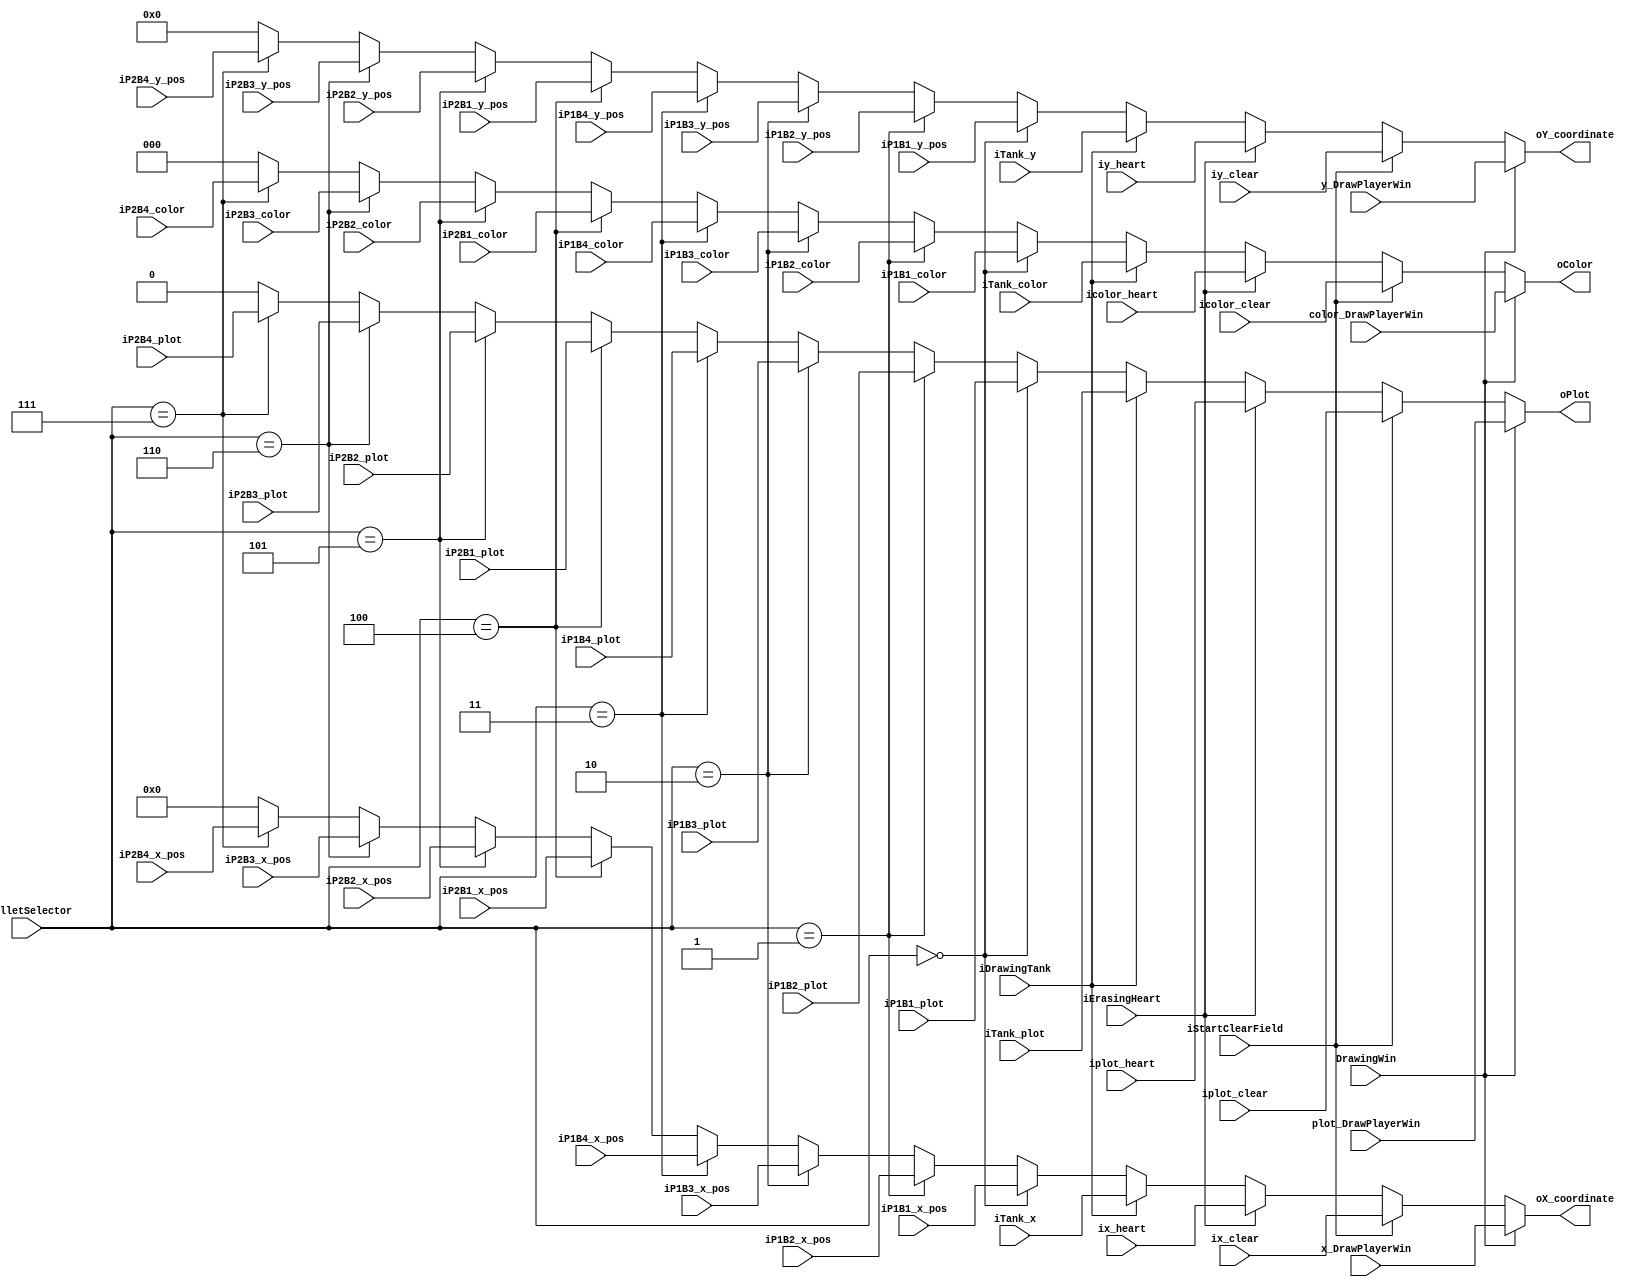
 module plotSelector(
									iP1B1_x_pos, iP1B1_y_pos, iP1B1_color, iP1B1_plot,
									iP1B2_x_pos, iP1B2_y_pos, iP1B2_color, iP1B2_plot,
									iP1B3_x_pos, iP1B3_y_pos, iP1B3_color, iP1B3_plot,
									iP1B4_x_pos, iP1B4_y_pos, iP1B4_color, iP1B4_plot,
									iP2B1_x_pos, iP2B1_y_pos, iP2B1_color, iP2B1_plot,
									iP2B2_x_pos, iP2B2_y_pos, iP2B2_color, iP2B2_plot,
									iP2B3_x_pos, iP2B3_y_pos, iP2B3_color, iP2B3_plot,
									iP2B4_x_pos, iP2B4_y_pos, iP2B4_color, iP2B4_plot,
									iTank_x, iTank_y, iTank_color, iTank_plot,
									iBulletSelector, iDrawingTank, 
									iErasingHeart, ix_heart, iy_heart, icolor_heart, iplot_heart,
									iStartClearField, ix_clear, iy_clear, icolor_clear, iplot_clear,
									DrawingWin, x_DrawPlayerWin, y_DrawPlayerWin, color_DrawPlayerWin, plot_DrawPlayerWin,
									oX_coordinate, oY_coordinate, oColor, oPlot
									);
				
// inputs
input [8:0]iP1B1_x_pos, iP1B2_x_pos, iP1B3_x_pos, iP1B4_x_pos, iP2B1_x_pos, iP2B2_x_pos, iP2B3_x_pos, iP2B4_x_pos, iTank_x, ix_heart, ix_clear, x_DrawPlayerWin;
input [7:0]iP1B1_y_pos, iP1B2_y_pos, iP1B3_y_pos, iP1B4_y_pos, iP2B1_y_pos, iP2B2_y_pos, iP2B3_y_pos, iP2B4_y_pos, iTank_y, iy_heart, iy_clear, y_DrawPlayerWin;
input [2:0]iP1B1_color, iP1B2_color, iP1B3_color, iP1B4_color, iP2B1_color, iP2B2_color, iP2B3_color, iP2B4_color, iTank_color, icolor_heart, icolor_clear, color_DrawPlayerWin;
input [2:0]iBulletSelector;
input iP1B1_plot, iP1B2_plot, iP1B3_plot, iP1B4_plot, iP2B1_plot, iP2B2_plot, iP2B3_plot, iP2B4_plot, iTank_plot, iDrawingTank, iErasingHeart, iplot_heart, iStartClearField, iplot_clear;
input DrawingWin, plot_DrawPlayerWin;

// outputs
output [8:0]oX_coordinate;
output [7:0]oY_coordinate;
output [2:0]oColor;
output oPlot;

// internal registers
reg [8:0]bullet_x;
reg [7:0]bullet_y;
reg [2:0]bullet_color;
reg bullet_plot;

wire [8:0]temp_x;
wire [7:0]temp_y;
wire [2:0]temp_color;
wire temp_plot;

wire [8:0]temp_x2;
wire [7:0]temp_y2;
wire [2:0]temp_color2;
wire temp_plot2;

wire [8:0]temp_x3;
wire [7:0]temp_y3;
wire [2:0]temp_color3;
wire temp_plot3;

assign oX_coordinate = DrawingWin ? x_DrawPlayerWin : temp_x3;							// mux to choose x position to vga
assign oY_coordinate = DrawingWin ? y_DrawPlayerWin : temp_y3;							// mux to choose y position to vga
assign oColor = DrawingWin ? color_DrawPlayerWin : temp_color3;   						// mux to choose color to vga
assign oPlot = DrawingWin ? plot_DrawPlayerWin : temp_plot3;								// mux to choose enable signal for vga

assign temp_x3 = iStartClearField ? ix_clear : temp_x2;							// mux to choose x position to vga
assign temp_y3 = iStartClearField ? iy_clear : temp_y2;							// mux to choose y position to vga
assign temp_color3 = iStartClearField ? icolor_clear : temp_color2;   						// mux to choose color to vga
assign temp_plot3 = iStartClearField ? iplot_clear : temp_plot2;								// mux to choose enable signal for vga

assign temp_x2 = iErasingHeart ? ix_heart : temp_x;							// mux to choose x position to vga
assign temp_y2 = iErasingHeart ? iy_heart : temp_y;							// mux to choose y position to vga
assign temp_color2 = iErasingHeart ? icolor_heart : temp_color;   						// mux to choose color to vga
assign temp_plot2 = iErasingHeart ? iplot_heart : temp_plot;								// mux to choose enable signal for vga

assign temp_x = iDrawingTank ? iTank_x : bullet_x;							// mux to choose x position to vga
assign temp_y = iDrawingTank ? iTank_y : bullet_y;							// mux to choose y position to vga
assign temp_color = iDrawingTank ? iTank_color : bullet_color;   						// mux to choose color to vga
assign temp_plot = iDrawingTank ? iTank_plot : bullet_plot;								// mux to choose enable signal for vga

always@(*)begin
	if(iBulletSelector == 3'b000) begin
		bullet_x = iP1B1_x_pos;
		bullet_y = iP1B1_y_pos;
		bullet_color = iP1B1_color;
		bullet_plot = iP1B1_plot;
	end
	else if(iBulletSelector == 3'b001) begin
		bullet_x = iP1B2_x_pos;
		bullet_y = iP1B2_y_pos;
		bullet_color = iP1B2_color;
		bullet_plot = iP1B2_plot;
	end
	else if(iBulletSelector == 3'b010) begin
		bullet_x = iP1B3_x_pos;
		bullet_y = iP1B3_y_pos;
		bullet_color = iP1B3_color;
		bullet_plot = iP1B3_plot;
	end
	else if(iBulletSelector == 3'b011) begin
		bullet_x = iP1B4_x_pos;
		bullet_y = iP1B4_y_pos;
		bullet_color = iP1B4_color;
		bullet_plot = iP1B4_plot;
	end
	else if(iBulletSelector == 3'b100) begin
		bullet_x = iP2B1_x_pos;
		bullet_y = iP2B1_y_pos;
		bullet_color = iP2B1_color;
		bullet_plot = iP2B1_plot;
	end
	else if(iBulletSelector == 3'b101) begin
		bullet_x = iP2B2_x_pos;
		bullet_y = iP2B2_y_pos;
		bullet_color = iP2B2_color;
		bullet_plot = iP2B2_plot;
	end
	else if(iBulletSelector == 3'b110) begin
		bullet_x = iP2B3_x_pos;
		bullet_y = iP2B3_y_pos;
		bullet_color = iP2B3_color;
		bullet_plot = iP2B3_plot;
	end
	else if(iBulletSelector == 3'b111) begin
		bullet_x = iP2B4_x_pos;
		bullet_y = iP2B4_y_pos;
		bullet_color = iP2B4_color;
		bullet_plot = iP2B4_plot;
	end
	else begin
		bullet_x = 0;
		bullet_y = 0;
		bullet_color = 0;
		bullet_plot = 0;
	end
end
	
endmodule